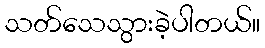
သတ်သေသွားခဲ့ပါတယ်။